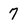
Character: 7